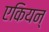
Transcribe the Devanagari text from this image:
एकियन्